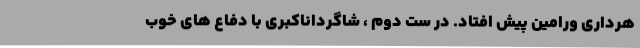
هرداری ورامین پیش افتاد. در ست دوم ، شاگرداناکبری با دفاع های خوب